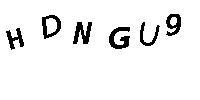
HDNGU9